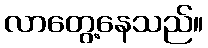
လာတွေ့နေသည်။